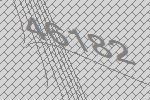
46182